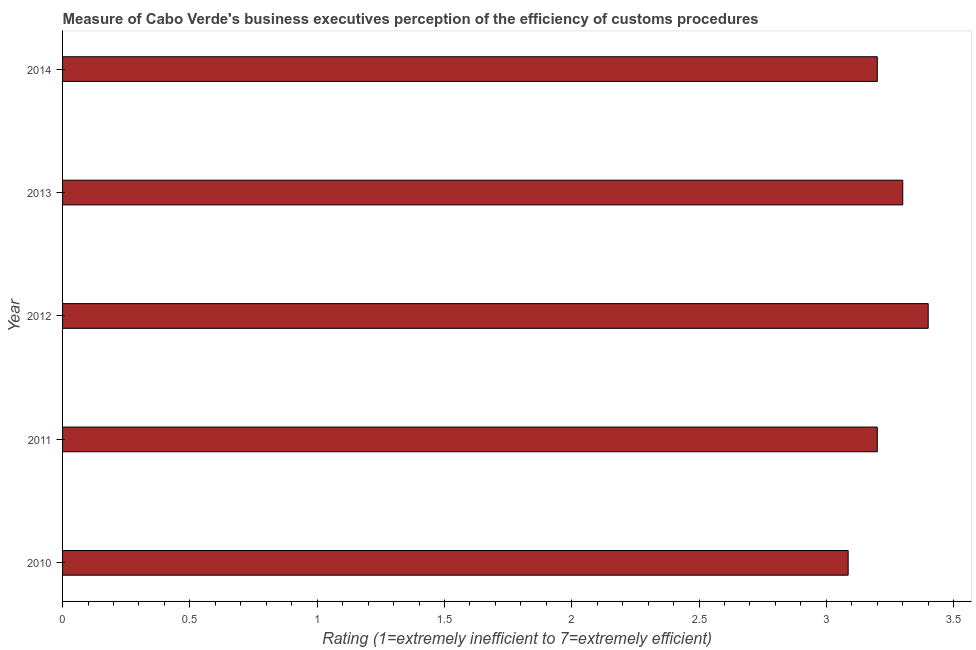
| Year | Burden of customs procedure |
 | --- | --- |
 | 2010 | 3.09 |
 | 2011 | 3.2 |
 | 2012 | 3.4 |
 | 2013 | 3.3 |
 | 2014 | 3.2 |